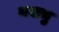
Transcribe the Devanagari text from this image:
मसमु